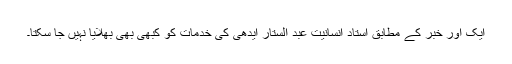
ایک اور خبر کے مطابق استاد انسانیت عبد الستار ایدھی کی خدمات کو کبھی بھی بھلایا نہیں جا سکتا۔